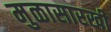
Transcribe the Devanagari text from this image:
मुळासारखी